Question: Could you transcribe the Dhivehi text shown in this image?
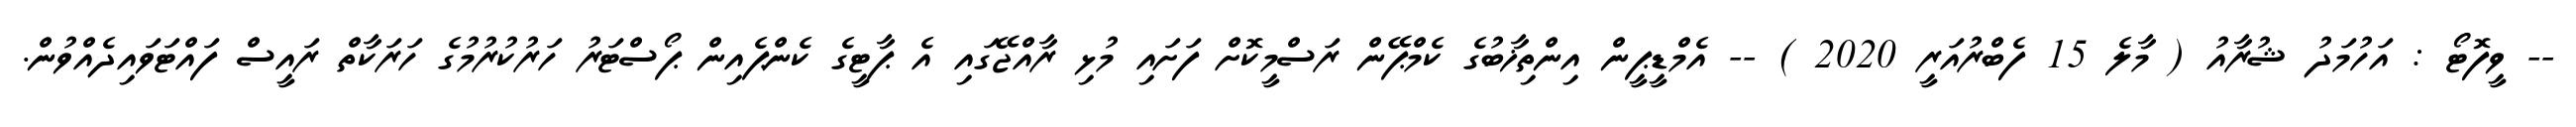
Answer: -- ވީފޮޓޯ : އަހުމަދު ޝުރާއު ( މާލެ 15 ފެބްރުއަރީ 2020 ) -- އެމްޑީޕީން އިންތިޚާބުގެ ކެމްޕޭން ރަސްމީކޮށް ފަށައި މުޅި ރާއްޖޭގައި އެ ޕާޓީގެ ކެންޕެއިން ޕޯސްޓަރު ހަރުކުރުމުގެ ހަރަކާތް ރައީސް ފައްޓަވައިދެއްވުން.